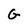
Character: G